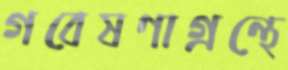
গবেষণাগ্রন্থে